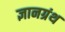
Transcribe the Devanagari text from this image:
ज्ञानग्रंथ